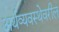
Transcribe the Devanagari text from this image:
अर्थव्यवस्थेवरील